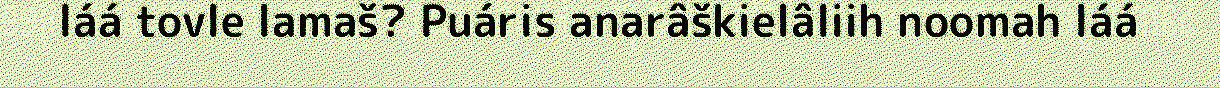
láá tovle lamaš? Puáris anarâškielâliih noomah láá